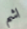
اشم